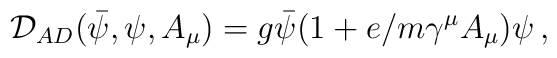
\mathcal{D}_{AD}(\bar{\psi},\psi ,A_{\mu })=g\bar{\psi}(1+e/m\gamma ^{\mu}A_{\mu })\psi \,,